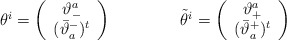
\begin{align*}\begin{array}{cc}\theta^{i}=\left(\begin{array}{c} \vartheta^{a}_{-}\\ (\bar{\vartheta}^{-}_{a})^{t} \end{array}\right)~~~~~&~~~~~\tilde{\theta}^{i}=\left(\begin{array}{c} \vartheta^{a}_{+}\\ (\bar{\vartheta}^{+}_{a})^{t} \end{array}\right)\end{array}\end{align*}